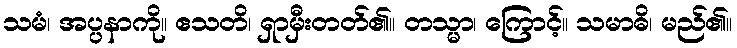
သမံ၊ အပ္ပနာကို။ ဧသတိ၊ ရှာမှီးတတ်၏။ တသ္မာ၊ ကြောင့်။ သမာဓိ၊ မည်၏။